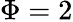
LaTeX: \Phi=2